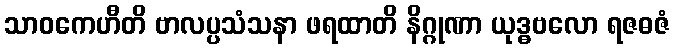
သာဝကေဟီတိ ဗာလပ္ပသံသနာ ဖရထာတိ နိဂ္ဂုဏာ ယုဒ္ဓဗလော ရဇဓဇံ